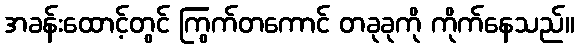
အခန်းထောင့်တွင် ကြွက်တကောင် တခုခုကို ကိုက်နေသည်။